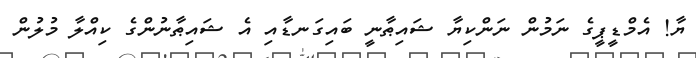
ޔާ! އެމްޑީޕީގެ ނަމުން ނަންކިޔާ ޝައިޠާނީ ބައިގަނޑާއި އެ ޝައިޠާނުންގެ ކިއްލާ މުލުން